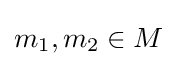
m_{1},m_{2}\in M